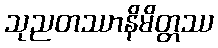
သုညတဿာနိမိတ္တဿ